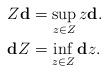
LaTeX: \begin{align*}Z\mathbf{d}&=\sup_{z\in Z}z\mathbf{d}.\\\mathbf{d}Z&=\inf_{z\in Z}\mathbf{d}z.\end{align*}